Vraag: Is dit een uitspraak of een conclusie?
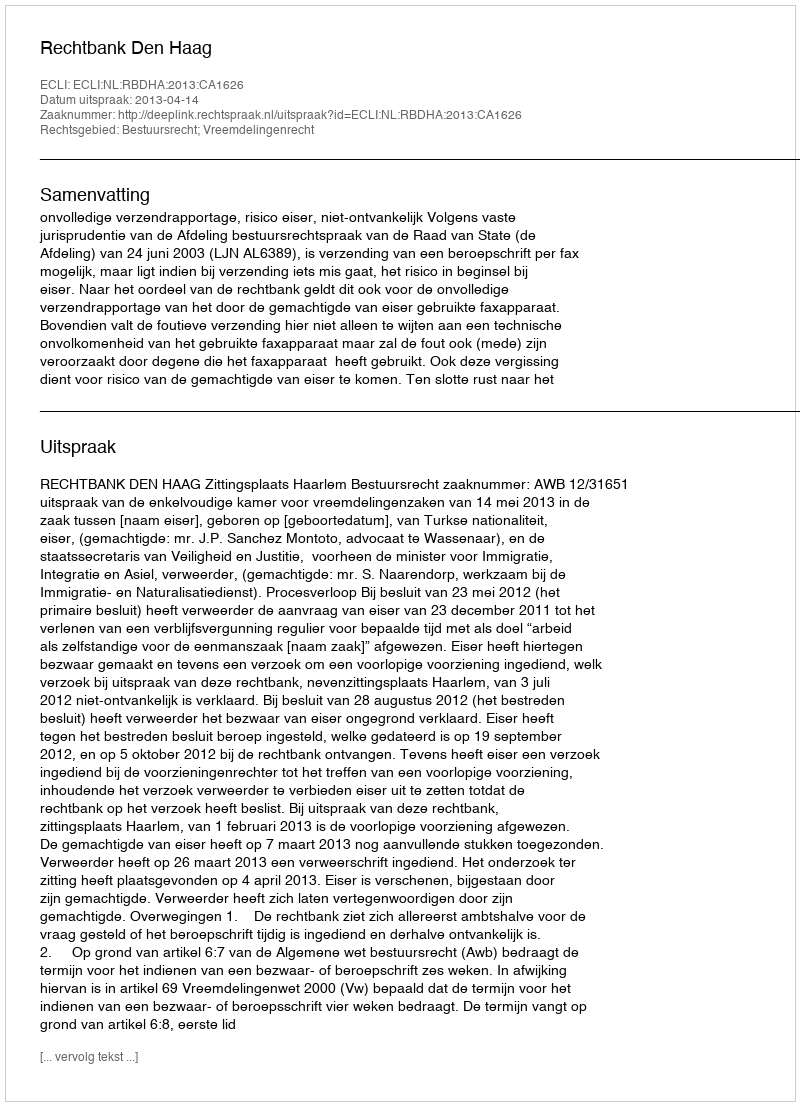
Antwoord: Uitspraak